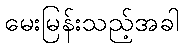
မေးမြန်းသည့်အခါ